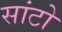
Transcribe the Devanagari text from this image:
सांटो